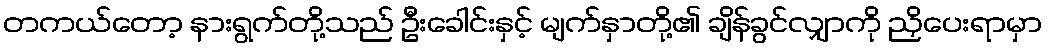
တကယ်တော့ နားရွက်တို့သည် ဦးခေါင်းနှင့် မျက်နှာတို့၏ ချိန်ခွင်လျှာကို ညှိပေးရာမှာ